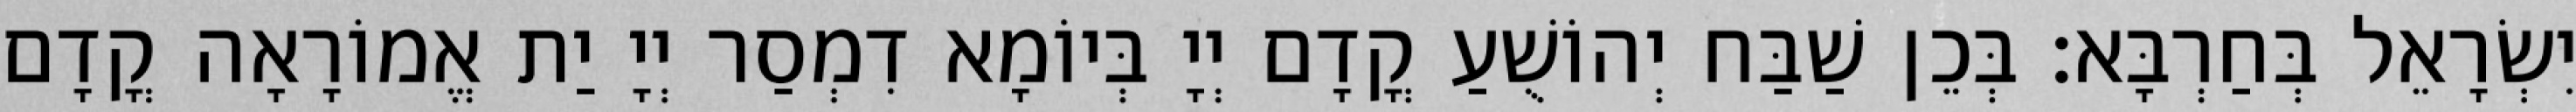
יִשְׂרָאֵל בְּחַרְבָּא׃ בְּכֵן שַׁבַּח יְהוֹשֻׁעַ קֳדָם יְיָ בְּיוֹמָא דִמְסַר יְיָ יַת אֱמוֹרָאָה קֳדָם